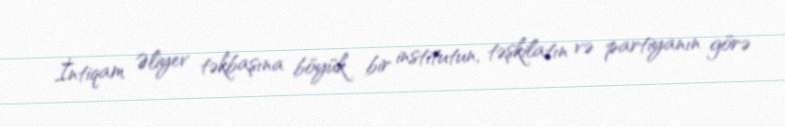
İntiqam Əliyev təkbaşına böyük bir institutun, təşkilatın və partiyanın görə